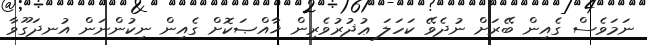
ނަމަވެސް ގެއިން ބޭރަށް ނުދެވޭ ކަހަލަ ޢުޛުރުވެރިން ޚާއްޞަކޮށް ގެއިން ނިކުންނަން އުނދަގޫވާ